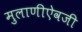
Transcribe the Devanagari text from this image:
मुलाणीऐवजी